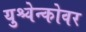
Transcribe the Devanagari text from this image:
युश्चेन्कोवर